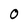
Character: 0